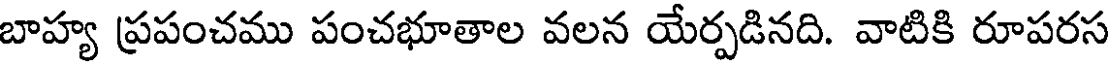
బాహ్య ప్రపంచము పంచభూతాల వలన యేర్పడినది. వాటికి రూపరస